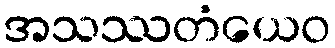
အသဿတံယေဝ